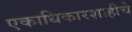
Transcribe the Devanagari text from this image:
एकाधिकारशाहीचे